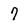
Character: 7